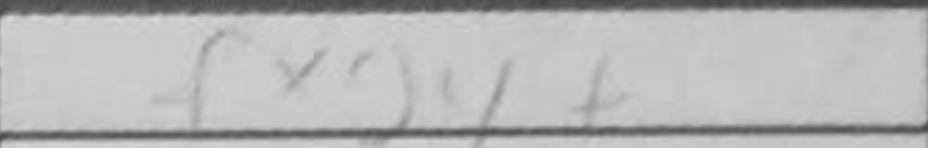
Transcription: fxg4+